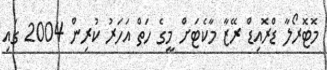
މޮޓޮރޯލާ ޑްރޮއިޑް ރޭޒާ މާކެޓަށް މީގެ ހަތް އަހަރު ކުރިން 2004 ގައި